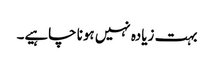
بہت زیادہ نہیں ہونا چاہیے۔